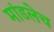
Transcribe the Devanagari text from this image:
मांडलेच